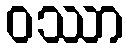
ဝဿာ